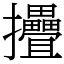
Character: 㩹